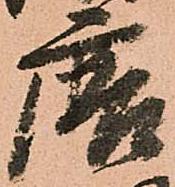
唐